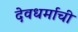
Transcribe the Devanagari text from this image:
देवधर्माची